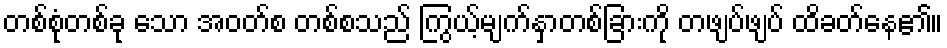
တစ်စုံတစ်ခု သော အဝတ်စ တစ်စသည် ကြွယ့်မျက်နှာတစ်ခြားကို တဖျပ်ဖျပ် ထိခတ်နေ၏။